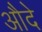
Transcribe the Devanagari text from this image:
औदे